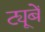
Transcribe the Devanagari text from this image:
ट्यूबें